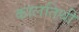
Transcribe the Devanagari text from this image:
कालतिथी